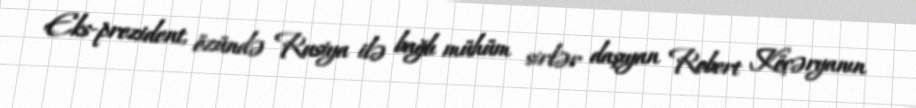
Eks-prezident, özündə Rusiya ilə bağlı mühüm sirlər daşıyan Robert Köçəryanın